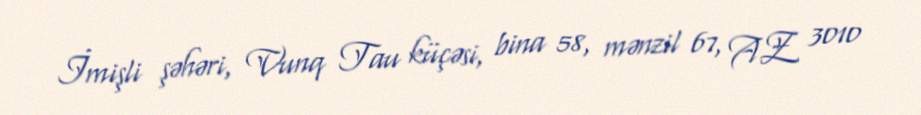
İmişli şəhəri, Vunq Tau küçəsi, bina 58, mənzil 67, AZ 3010